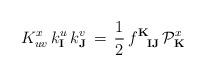
LaTeX: \begin{align*}K^x_{uv} \, k^u_\mathbf{I} \, k^v_\mathbf{J} \, = \, {\frac{1}{2}} \,f^{\mathbf{K}}_{\phantom{\mathbf{K}}\mathbf{I}\mathbf{J}}\, {\cal P}_\mathbf{K}^{x}\end{align*}